Lunatic asylums Central Provinces reports 1895-1909 - 1895-1909
Year: 1895
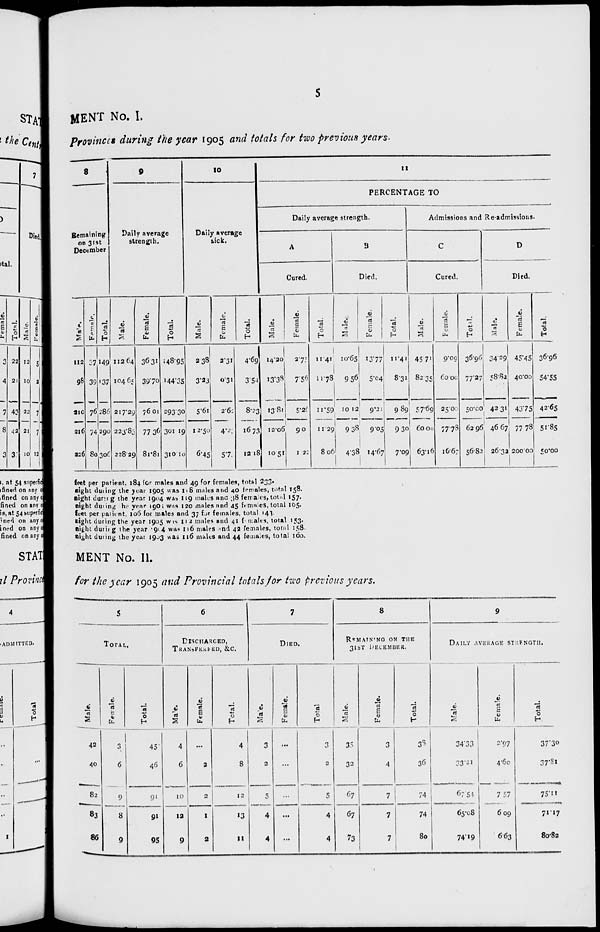
5
MENT No. I.
provinces during the year 1905 and totals for two previous years.
8
Remaining
on 31st
December
Male.
112
98
210
216
226
Female.
37
39
76
74
80
Total.
149
137
286
290
306
9
Daily average
strength.
Male.
112.64
104.65
217.29
223.83
228.29
Female.
36.31
39.70
76.01
77.36
81.81
Total.
148.95
144.35
293.30
301.19
310.10
10
Daily Average
sick.
Male.
2.38
3.23
5.61
12.50
6.45
Female.
2.31
0.31
2.62
4.21
5.7
Total.
4.69
3.54
8.23
16.73
12.18
11
PERCENTAGE TO
Daily average strength.
A
Cured.
Male.
14.20
13.38
13.81
12.06
10.51
Female.
2.75
7.56
5.26
9.0
1.22
Total.
11.41
11.78
11.59
11.29
8.06
B
Died.
Male.
10.65
9.56
10.12
9.38
4.38
Female.
13.77
5.04
9.21
9.05
14.67
Total.
11.41
8.31
9.89
9.30
7.09
Admissions and Re-admissions.
C
Cured.
Male.
45.71
82.35
57.69
60.00
63.16
Female.
9.09
60.00
25.00
77.78
16.67
Total.
36.96
77.27
50.00
62.96
56.82
D
Died.
Male.
34.29
58.82
42.31
46.67
26.32
Female.
45.45
40.00
43.75
77.78
200.00
Total.
36.96
54.55
42.65
51.85
50.00
feet per patient, 184 for males and 49 for females, total 233.
night during the year 1905 was 118 males and 40 females, total 158.
night during the year 1904 was 119 males and 38 females, total 157.
night during the year 1903 ; was 120 males and 45 females, total 105.
feet per patient, 106 for males and 37 for females, total 143.
night during the year 1905 was 112 males and 41 females, total 153.
night during the year 1904 was 116 males and 42 females, total 158.
night during the year 1903 was 116 males and 44 females, total 160.
MENT No. II.
for the year 1905 and Provincial totals for two previous years.
5
TOTAL.
Male.
42
40
82
83
86
Female.
3
6
9
8
9
Total.
45
46
91
91
95
6
DISCHARGED,
TRANSFERRED, &C.
Male.
4
6
10
12
9
Female.
...
2
2
1
2
Total.
4
8
12
13
11
7
DIED.
Male.
3
2
5
4
4
Female.
...
...
...
...
...
Total
3
2
5
4
4
8
REMAINING ON THE
31ST DECEMBER.
Male.
35
32
67
67
73
Female.
3
4
7
7
7
Total.
38
36
74
74
80
9
DAILY AVERAGE STRENGTH.
Male.
34.33
33.21
67.54
65.08
74.19
Female.
2.97
4.60
7.57
6.09
6.63
Total.
37.30
37.81
75.11
71.17
80.82